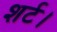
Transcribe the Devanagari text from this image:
शर्ट।